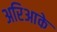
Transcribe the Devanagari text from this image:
अरिआके